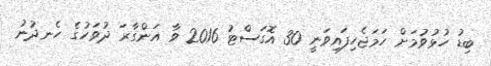
ބިޑު ހުޅުވުމަށް ހަމަޖެހިފައިވަނީ 30 އޮގަސްޓު 2016 ވާ އަންގާރަ ދުވަހުގެ ހެނދުނު